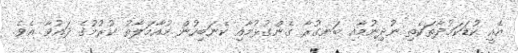
އެއީ ކުޑަކަމުދާތަކެތި ނުދިނުމާއި ބަނގުރާ ގެންގުޅުމާއި ކެނަބިހުން މުއާމަލާތު ކުރުމުގެ ދައުވާ އެވެ.